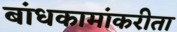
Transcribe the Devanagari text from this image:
बांधकामांकरीता